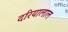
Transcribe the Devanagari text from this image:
दरियालाल